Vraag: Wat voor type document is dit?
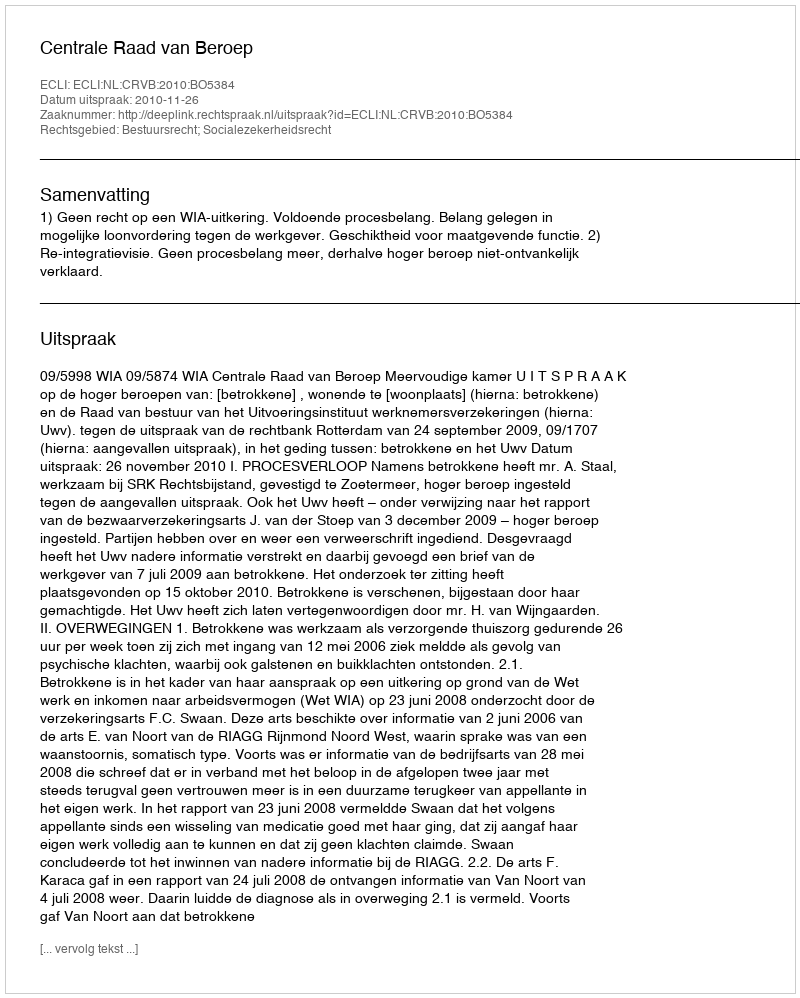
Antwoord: Uitspraak